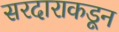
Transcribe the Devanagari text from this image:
सरदाराकडून